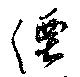
湮